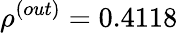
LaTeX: \rho^{(out)}=0.4118